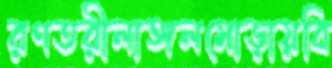
রণতরীলাঙ্গলমোড়ায়বি